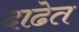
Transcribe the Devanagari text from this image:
दाढेत